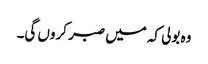
وہ بولی کہ میں صبر کروں گی۔